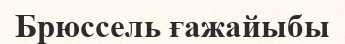
Брюссель ғажайыбы